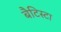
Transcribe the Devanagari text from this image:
बैटिस्टा